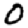
Digit: 0